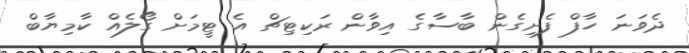
ދެވަނަ ހާފް ފެށިގެން ބާސާގެ އިވާން ރަކިޓިޗް އެ ޓީމަށް ގޯލެއް ކާމިޔާބް